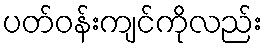
ပတ်ဝန်းကျင်ကိုလည်း